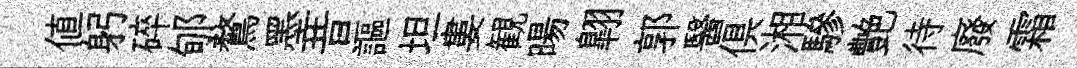
值躬碎郇鶩墨昔謳坦婁観暘翺郭醫俱湘驂艷待廢霜